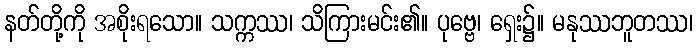
နတ်တို့ကို အစိုးရသော။ သက္ကဿ၊ သိကြားမင်း၏။ ပုဗ္ဗေ၊ ရှေး၌။ မနုဿဘူတဿ၊